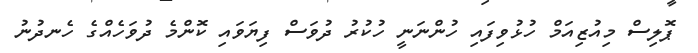
ޕޮލިސް މިއުޒިއަމް ހުޅުވިފައި ހުންނަނީ ހުކުރު ދުވަސް ފިޔަވައި ކޮންމެ ދުވަހެއްގެ ހެނދުނު